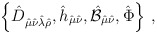
\begin{align*}\left\{\hat{D}_{\hat{\mu}\hat{\nu}\hat{\lambda}\hat{\rho}},\hat{h}_{\hat{\mu}\hat{\nu}},\hat{{\cal B}}_{\hat{\mu}\hat{\nu}},\hat{\Phi}\right\}\, ,\end{align*}